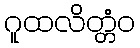
ဂူထလိတ္တံဝ